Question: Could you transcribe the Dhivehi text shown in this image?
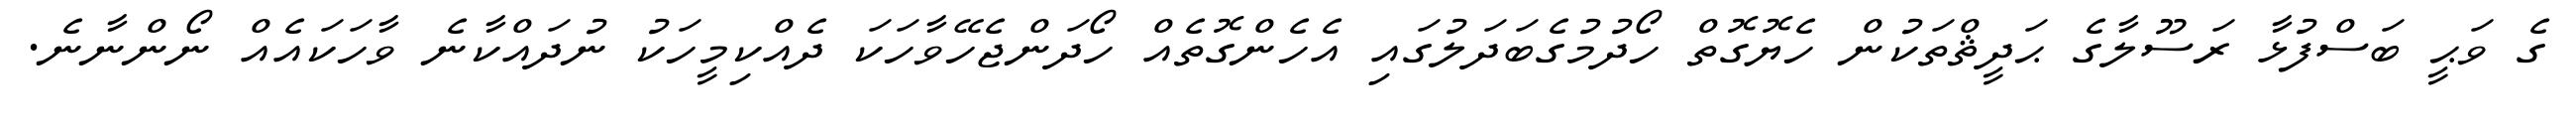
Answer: ގެ ވަޙީ ބަސްފުޅާ ރަސޫލާގެ ޙަދީޘްތަކުން ހެޔޮގޮތް ހޯދުމުގެބަދަލުގައި އެހެންގޮތެއް ހޯދަންޖެހޭވާހަކަ ދެއްކިމީހަކު ނުދައްކާނެ ވާހަކައެއް ނޯންނާނެ.